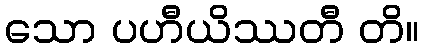
သော ပဟီယိဿတီ တိ။